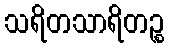
သရိတသာရိတဉ္စ